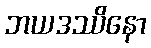
ဘယဒဿိနော